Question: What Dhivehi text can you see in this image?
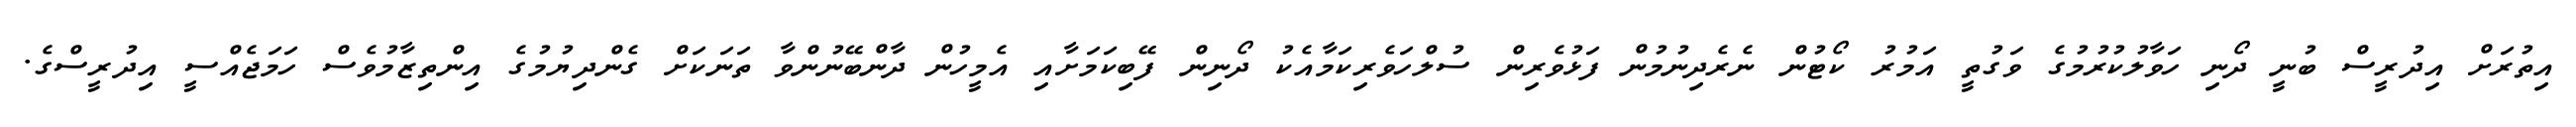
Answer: އިތުރަށް އިދުރީސް ބުނީ ދޯނި ހަވާލުކުރުމުގެ ވަގުތީ އަމުރު ކޯޓުން ނެރެދިނުމުން ފަޅުވެރިން ސުލްހަވެރިކަމާއެކު ދޯނިން ފޭބިކަމަށާއި އެމީހުން ދާންބޭނުންވާ ތަނަކަށް ގެންދިޔުމުގެ އިންތިޒާމުވެސް ހަމަޖެއްސީ އިދުރީސްގެ.